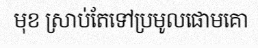
មុខ ស្រាប់តែទៅប្រមូលផោមគោ